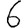
Digit: 6